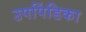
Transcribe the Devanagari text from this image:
उपपिंडिका